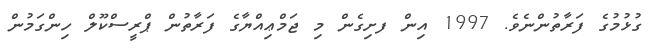
ގުޅުމުގެ ފަރާތުންނެވެ. 1997 އިން ފށިގެން މި ޖަމްޢިއްޔާގެ ފަރާތުން ޕްރީސްކޫލް ހިންގަމުން